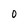
Character: O